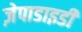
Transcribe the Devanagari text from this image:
ज़ेपाडाइडी